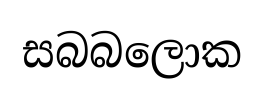
සබබලොක